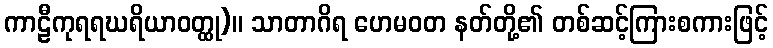
ကာဠီကုရရဃရိယာဝတ္ထု)။ သာတာဂိရ ဟေမဝတ နတ်တို့၏ တစ်ဆင့်ကြားစကားဖြင့်